Civil Veterinary Department. Central Provinces & Berar 1932-41 - 1932-1941
Year: 1932
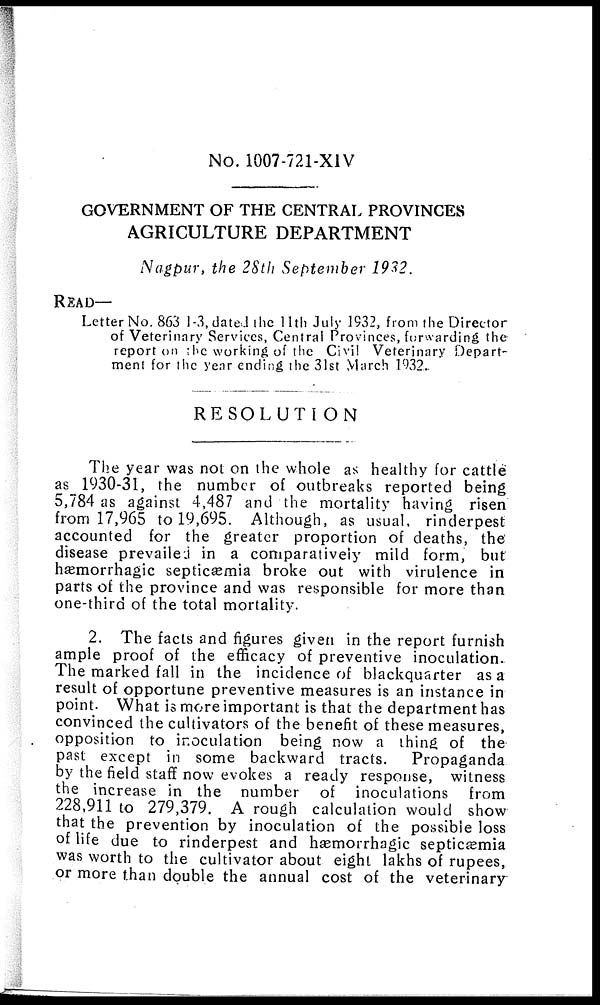
No. 1007-721-XIV
GOVERNMENT OF THE CENTRAL PROVINCES
AGRICULTURE DEPARTMENT
Nagpur, the 28th September 1932
READ—
Letter No. 863 1-3, dated the 11th July 1932, from the Director
of Veterinary Services, Central Provinces, forwarding the
report on the working of the Civil Veterinary Depart-
ment for the year ending the 31st March 1932.
RESOLUTION
The year was not on the whole as healthy for cattle
as 1930-31, the number of outbreaks reported being
5,784 as against 4,487 and the mortality having risen
from 17,965 to 19,695. Although, as usual, rinderpest
accounted for the greater proportion of deaths, the
disease prevailed in a comparatively mild form, but
hæmorrhagic septicæmia broke out with virulence in
parts of the province and was responsible for more than
one-third of the total mortality.
2. The facts and figures given in the report furnish
ample proof of the efficacy of preventive inoculation.
The marked fall in the incidence of blackquarter as a
result of opportune preventive measures is an instance in
point. What is more important is that the department has
convinced the cultivators of the benefit of these measures,
opposition to inoculation being now a thing of the
past except in some backward tracts.
Propaganda
by the field staff now evokes a ready response, witness
the increase in the number of inoculations from
228,911 to 279,379. A rough calculation would show
that the prevention by inoculation of the possible loss
of life due to rinderpest and hæmorrhagic septicæmia
was worth to the cultivator about eight lakhs of rupees,
or more than double the annual cost of the veterinary